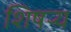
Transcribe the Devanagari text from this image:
शिषऱ्य